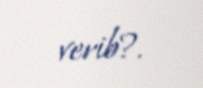
verib?.